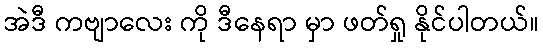
အဲဒီ ကဗျာလေး ကို ဒီနေရာ မှာ ဖတ်ရှု နိုင်ပါတယ်။